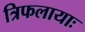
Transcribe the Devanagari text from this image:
त्रिफलायाः